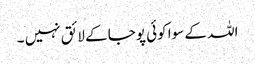
اللہ کے سوا کوئی پوجا کے لائق نہیں ۔